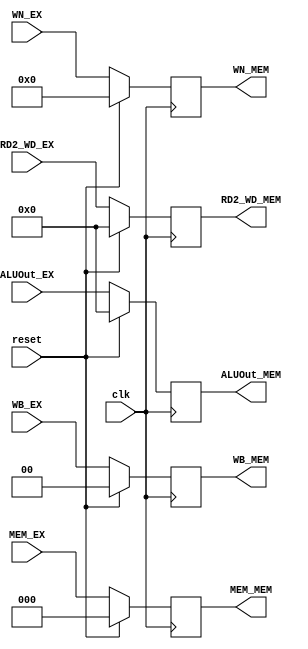
// 
`timescale 1ns/1ns
//  module EX_MEM  ports
module EX_MEM(clk, reset, WB_EX, MEM_EX, 
WB_MEM, MEM_MEM, WN_EX, WN_MEM, 
RD2_WD_EX, RD2_WD_MEM, ALUOut_EX, ALUOut_MEM);

input clk, reset;
input [1:0] WB_EX; // WB = {RegWrite, MemtoReg};
input [2:0] MEM_EX; // MEM = {MemRead, MemWrite, MemtoReg};
input [4:0] WN_EX;
input [31:0] RD2_WD_EX, ALUOut_EX;

output reg [1:0] WB_MEM; // WB = {RegWrite, MemtoReg};
output reg [2:0] MEM_MEM; // MEM = {MemRead, MemWrite, MemtoReg};
output reg [4:0] WN_MEM;
output reg [31:0] RD2_WD_MEM, ALUOut_MEM;

always@(posedge clk)
begin
    if(reset)
    begin
        WB_MEM <= 2'b0;
        MEM_MEM <= 3'b0;
        WN_MEM <= 5'b0;
        RD2_WD_MEM <= 32'b0;
        ALUOut_MEM <= 32'b0;

    end
    else
    begin
        WB_MEM <= WB_EX;
        MEM_MEM <= MEM_EX;
        WN_MEM <= WN_EX;
        RD2_WD_MEM <= RD2_WD_EX;
        ALUOut_MEM <= ALUOut_EX;

    end

end



endmodule